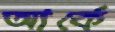
আর্কে